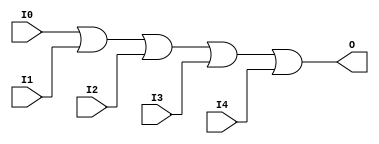
// $Header: /devl/xcs/repo/env/Databases/CAEInterfaces/verunilibs/data/unisims/OR5.v,v 1.6 2007/05/23 21:43:44 patrickp Exp $
///////////////////////////////////////////////////////////////////////////////
// Copyright (c) 1995/2004 Xilinx, Inc.
// All Right Reserved.
///////////////////////////////////////////////////////////////////////////////
//   ____  ____
//  /   /\/   /
// /___/  \  /    Vendor : Xilinx
// \   \   \/     Version : 10.1
//  \   \         Description : Xilinx Functional Simulation Library Component
//  /   /                  5-input OR Gate
// /___/   /\     Filename : OR5.v
// \   \  /  \    Timestamp : Thu Mar 25 16:43:31 PST 2004
//  \___\/\___\
//
// Revision:
//    03/23/04 - Initial version.
//    05/23/07 - Changed timescale to 1 ps / 1 ps.

`timescale  1 ps / 1 ps


module OR5 (O, I0, I1, I2, I3, I4);

    output O;

    input  I0, I1, I2, I3, I4;

    or O1 (O, I0, I1, I2, I3, I4);


endmodule